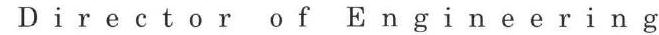
Director of Engineering